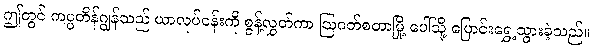
ဤတွင် ကပ္ပတိန်ဂျွန်သည် ယာလုပ်ငန်းကို စွန့်လွှတ်ကာ ဩဂတ်စတာမြို့ ပေါ်သို့ ပြောင်းရွှေ့သွားခဲ့သည်။